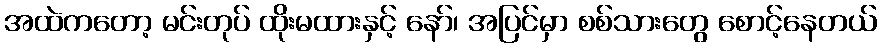
အထဲကတော့ မင်းတုပ် ထိုးမထားနှင့် နော်၊ အပြင်မှာ စစ်သားတွေ စောင့်နေတယ်